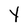
Character: Y